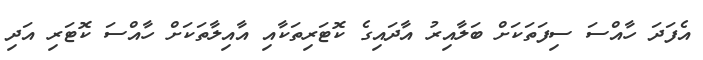
އެފަދަ ހާއްސަ ސިފަތަކަށް ބަލާއިރު އާދައިގެ ކޮޓަރިތަކާއި އާއިލާތަކަށް ހާއްސަ ކޮޓަރި އަދި